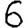
Digit: 6